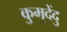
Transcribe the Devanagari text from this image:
कुमुदेंदु